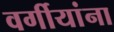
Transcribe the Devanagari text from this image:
वर्गीयांना